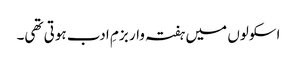
اسکولوں میں ہفتہ وار بزمِ ادب ہوتی تھی۔